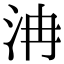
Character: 𣲹